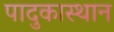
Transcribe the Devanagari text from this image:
पादुकास्थान